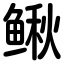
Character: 鳅